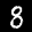
Label: 8